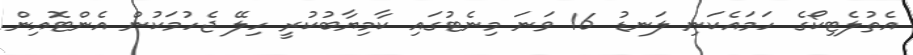
އެތުލެޓިކޯގެ ހަމައެކަނި ލަނޑު 16 ވަނަ މިނެޓުގައި ކާމިޔާބުކުރީ ހިލޭ ޖެހުމަކުން އެންޓޮއިން